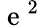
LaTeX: \mathrm{~e~}^{2}